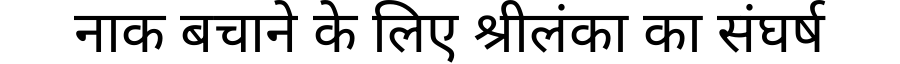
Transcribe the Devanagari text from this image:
नाक बचाने के लिए श्रीलंका का संघर्ष